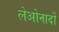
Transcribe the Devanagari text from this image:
लेओनार्दों